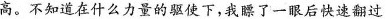
高。不知道在什么力量的驱使下，我瞟了一眼后快速翻过